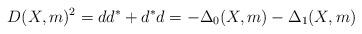
LaTeX: \begin{align*}D(X,m)^2=dd^*+d^*d=-\Delta_0(X,m)-\Delta_1(X,m)\end{align*}